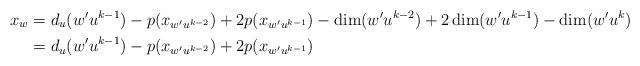
LaTeX: \begin{align*}x_{w} & = d_{u}(w'u^{k-1}) - p(x_{w'u^{k-2}}) + 2p(x_{w'u^{k-1}}) - \dim(w'u^{k-2}) + 2\dim(w'u^{k-1}) - \dim(w'u^{k}) \\& = d_{u}(w'u^{k-1}) - p(x_{w'u^{k-2}}) + 2p(x_{w'u^{k-1}})\end{align*}